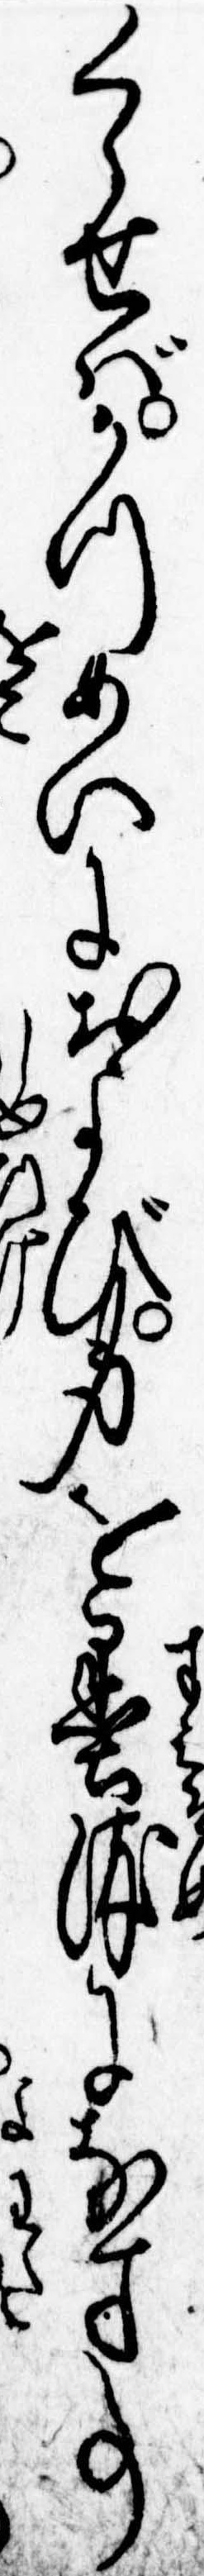
くらせばかつめいにおよび身を墨染になす事